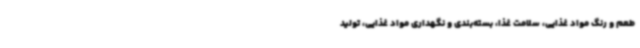
طعم و رنگ مواد غذایی، سلامت غذا، بسته‌بندی و نگهداری مواد غذایی، تولید